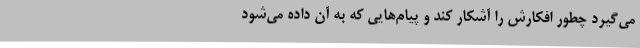
می‌گیرد چطور افکارش را آشکار کند و پیام‌هایی که به آن داده می‌شود